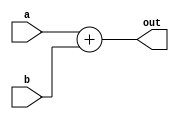
module addu(a,b,out);
input [31:0]a,b;
output reg [31:0] out;
always @*
out=a+b;
endmodule